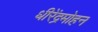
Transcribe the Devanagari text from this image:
धीरेंद्रमोहन